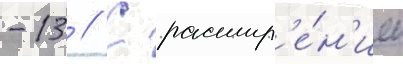
-13 // С расшир'е́н'ием